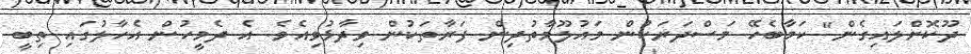
ދޫކޮށްލައިގެން" ކަމާބެހޭ މަސްދަރަކުން މައުލޫމާތުދިން ފަރާތަކުން ވިދާޅުވިއެވެ. އެ ދެމީހުން އެހާލުގައި ތިބީ